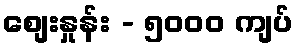
စျေးနှုန်း - ၅၀၀၀ ကျပ်